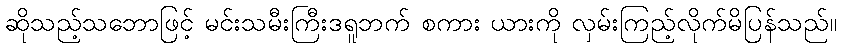
ဆိုသည့်သဘောဖြင့် မင်းသမီးကြီးဒရူဘက် စကား ယားကို လှမ်းကြည့်လိုက်မိပြန်သည်။